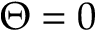
\Theta = 0